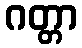
ဂတ္တာ